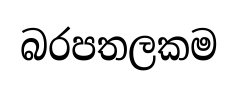
බරපතලකම